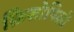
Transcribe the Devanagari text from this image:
क्रिसोपिली